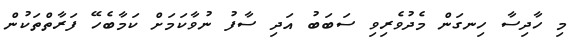
މި ހާދިސާ ހިނގަން މެދުވެރިވި ސަބަބު އަދި ސާފު ނުވާކަމަށް ކަމާބެހޭ ފަރާތްތަކުން